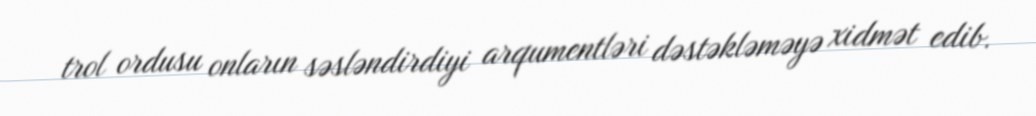
trol ordusu onların səsləndirdiyi arqumentləri dəstəkləməyə xidmət edib.